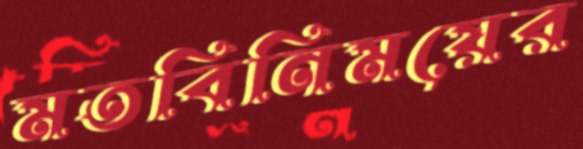
মতবিনিময়ের